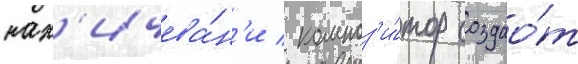
нах'ичева́н'и / композ'и́тор создао́т